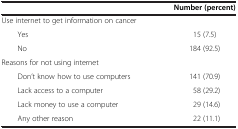
|  | Number (percent) |
 | --- | --- |
 | Use internet to get information on cancer |  |
 | Yes | 15 (7.5) |
 | No | 184 (92.5) |
 | Reasons for not using internet |  |
 | Don’t know how to use computers | 141 (70.9) |
 | Lack access to a computer | 58 (29.2) |
 | Lack money to use a computer | 29 (14.6) |
 | Any other reason | 22 (11.1) |